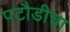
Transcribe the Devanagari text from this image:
पटौडीचा